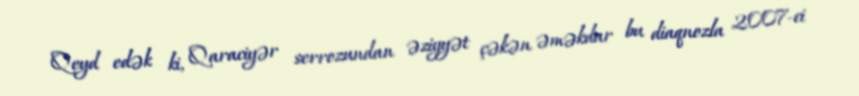
Qeyd edək ki, Qaraciyər serrozundan əziyyət çəkən əməkdar bu diaqnozla 2007-ci